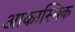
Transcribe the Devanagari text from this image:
आकास्मिक